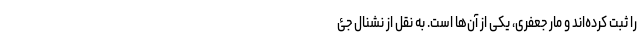
را ثبت کرده‌اند و مار جعفری، یکی از آن‌ها است. به نقل از نشنال جئ